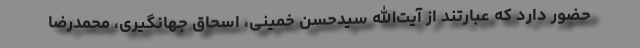
حضور دارد که عبارتند از آیت‌الله سیدحسن خمینی، اسحاق جهانگیری، محمدرضا